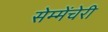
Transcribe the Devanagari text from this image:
सेम्मेंचेरी